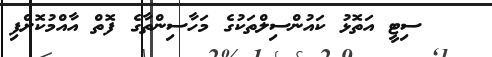
ސިޓީ އަތޮޅު ކައުންސިލްތަކުގެ މަހާސިންތާގެ ފޮތް އާއްމުކޮށްފި